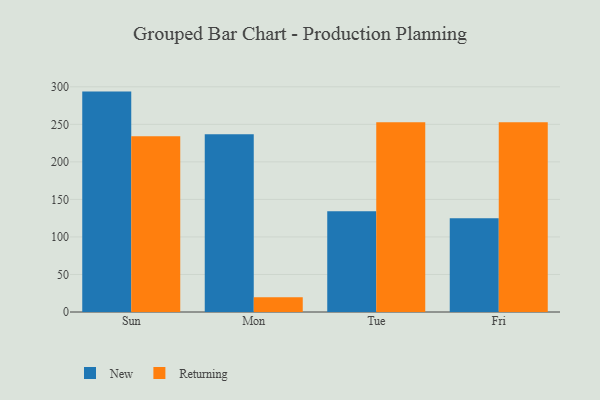
{"axis": {"x": "Day", "y": "Revenue (USD Million)"}, "legend": ["New", "Returning"], "data": [{"x": "Sun", "y": 293.6, "type": "New"}, {"x": "Sun", "y": 234.2, "type": "Returning"}, {"x": "Mon", "y": 236.7, "type": "New"}, {"x": "Mon", "y": 19.6, "type": "Returning"}, {"x": "Tue", "y": 134.3, "type": "New"}, {"x": "Tue", "y": 252.7, "type": "Returning"}, {"x": "Fri", "y": 125.0, "type": "New"}, {"x": "Fri", "y": 252.9, "type": "Returning"}]}